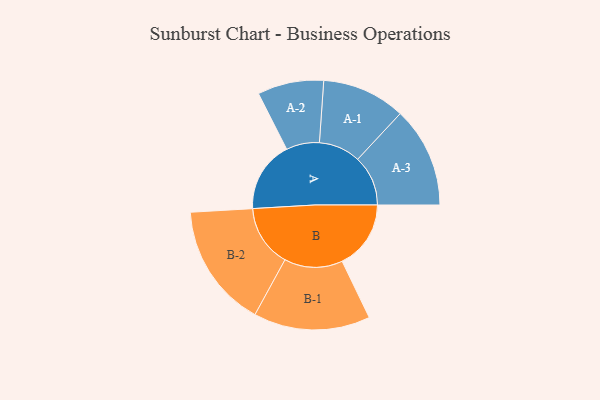
{"axis": {"x": "Segment", "y": "Value"}, "legend": ["", "A", "B"], "data": [{"x": "A", "y": 339, "type": ""}, {"x": "B", "y": 328, "type": ""}, {"x": "A-1", "y": 199, "type": "A"}, {"x": "A-2", "y": 158, "type": "A"}, {"x": "A-3", "y": 240, "type": "A"}, {"x": "B-1", "y": 278, "type": "B"}, {"x": "B-2", "y": 296, "type": "B"}]}